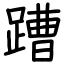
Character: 蹧